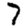
Digit: 7